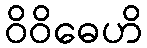
ဝိဝိဓေဟိ